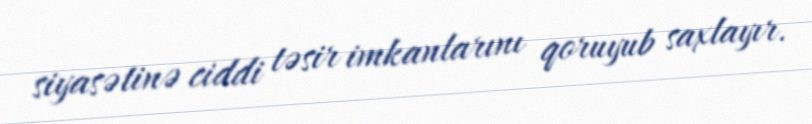
siyasətinə ciddi təsir imkanlarını qoruyub saxlayır.